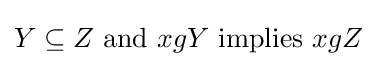
Y\subseteq Z{\text{ and }}xgY{\text{ implies }}xgZ